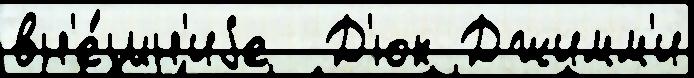
вн'е́шн'иjе  Д'юк Джимм'и